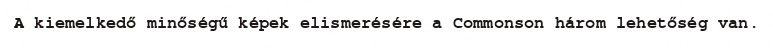
A kiemelkedő minőségű képek elismerésére a Commonson három lehetőség van.